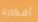
أفكارنا